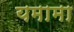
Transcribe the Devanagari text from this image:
यमामा